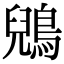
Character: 鶂